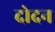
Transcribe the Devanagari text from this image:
दोदन